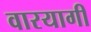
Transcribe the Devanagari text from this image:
वारयागी